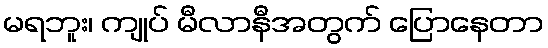
မရဘူး၊ ကျုပ် မီလာနီအတွက် ပြောနေတာ